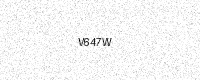
Text: V647W